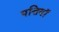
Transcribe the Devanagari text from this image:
पत्तियॉ